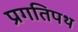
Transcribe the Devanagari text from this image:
प्रगतिपथ